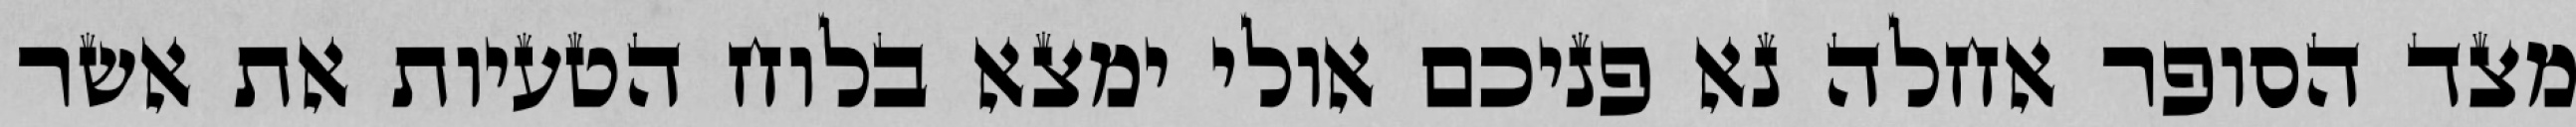
מצד הסופר אחלה נא פניכם אולי ימצא בלוח הטעיות את אשר